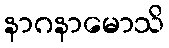
နာဂနာမောသိ